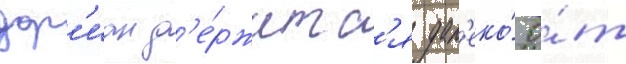
дор'иан д'е́ржитс'я дал'еко́ о́т